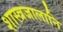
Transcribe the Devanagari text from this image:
शास्त्रजालानि